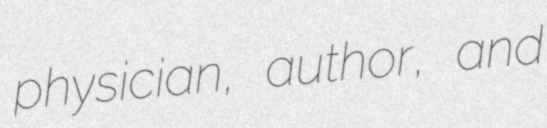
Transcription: physician, author, and